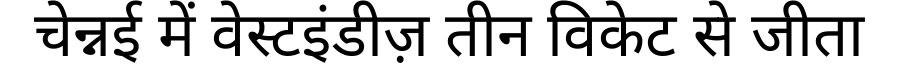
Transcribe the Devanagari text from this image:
चेन्नई में वेस्टइंडीज़ तीन विकेट से जीता